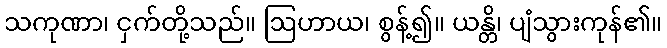
သကုဏာ၊ ငှက်တို့သည်။ ဩဟာယ၊ စွန့်၍။ ယန္တိ၊ ပျံသွားကုန်၏။